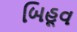
બિહૂવ